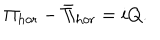
LaTeX: \Pi _ { \mathrm { h o r } } - \bar { \Pi } _ { \mathrm { h o r } } = i Q .